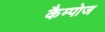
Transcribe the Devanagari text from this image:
कैम्पोज